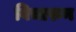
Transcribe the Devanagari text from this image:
विचारुन